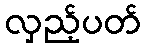
လှည့်ပတ်